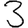
Digit: 3